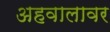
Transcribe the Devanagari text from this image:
अहवालावर